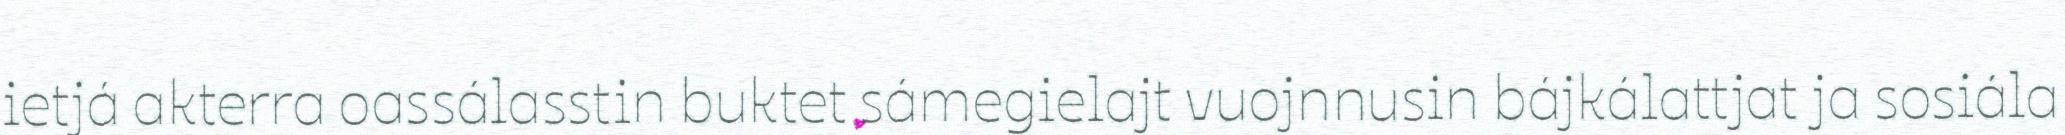
ietjá akterra oassálasstin buktet sámegielajt vuojnnusin bájkálattjat ja sosiála